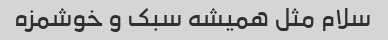
سلام مثل همیشه سبک و خوشمزه